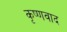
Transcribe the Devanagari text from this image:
कृष्णवाद